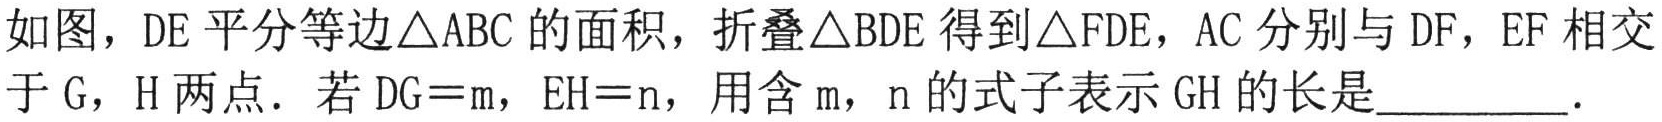
如图，$DE$平分等边$\triangle ABC$的面积，折叠$\triangle BDE$得到$\triangle FDE$，$AC$分别与$DF$，$EF$相交于$G$，$H$两点．若$DG = m$，$EH = n$，用含$m$，$n$的式子表示$GH$的长是__________．